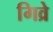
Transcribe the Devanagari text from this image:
गिव्रे